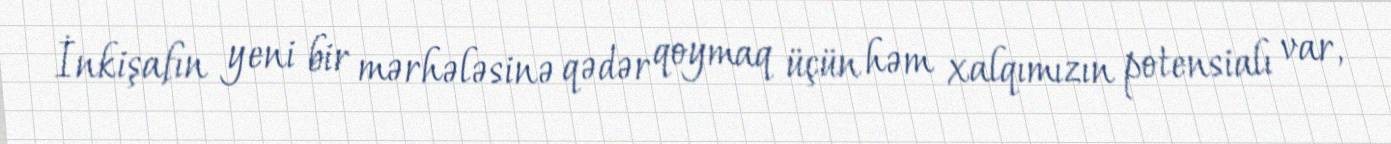
İnkişafın yeni bir mərhələsinə qədər qoymaq üçün həm xalqımızın potensialı var,